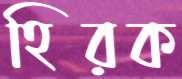
হিরক